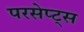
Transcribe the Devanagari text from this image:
परसेप्ट्स